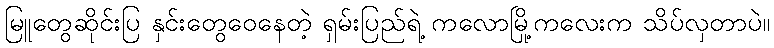
မြူတွေဆိုင်းပြ နှင်းတွေဝေနေတဲ့ ရှမ်းပြည်ရဲ့ ကလောမြို့ကလေးက သိပ်လှတာပဲ။